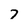
Character: 7